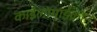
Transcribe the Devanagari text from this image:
काईलोमाईक्रोन